Indian journal of veterinary science and animal husbandry - Volume 4,
Year: 1934
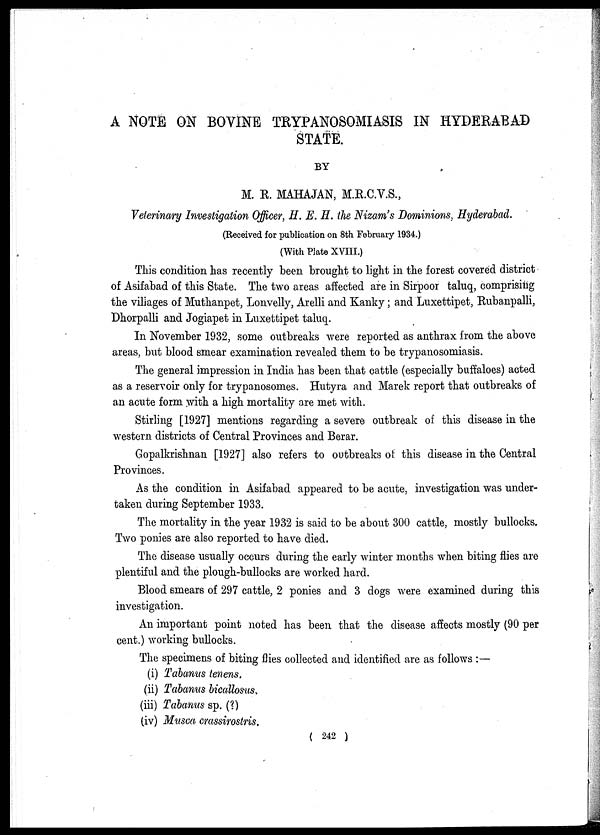
A NOTE ON BOVINE TRYPANOSOMIASIS IN HYDERABAD
STATE.
BY
M. R. MAHAJAN, M.R.C.V.S.,
Veterinary Investigation Officer, H. E. H. the Nizam's Dominions, Hyderabad.
(Received for publication on 8th February 1934.)
(With Plate XVIII.)
This condition has recently been brought to light in the forest covered district
of Asifabad of this State. The two areas affected are in Sirpoor taluq, comprising
the villages of Muthanpet, Lonvelly, Arelli and Kanky; and Luxettipet, Rubanpalli,
Dhorpalli and Jogiapet in Luxettipet taluq.
In November 1932, some outbreaks were reported as anthrax from the above
areas, but blood smear examination revealed them to be trypanosomiasis.
The general impression in India has been that cattle (especially buffaloes) acted
as a reservoir only for trypanosomes. Hutyra and Marek report that outbreaks of
an acute form with a high mortality are met with.
Stirling [1927] mentions regarding a severe outbreak of this disease in the
western districts of Central Provinces and Berar.
Gopalkrishnan [1927] also refers to outbreaks of this disease in the Central
Provinces.
As the condition in Asifabad appeared to be acute, investigation was under-
taken during September 1933.
The mortality in the year 1932 is said to be about 300 cattle, mostly bullocks.
Two ponies are also reported to have died.
The disease usually occurs during the early winter months when biting flies are
plentiful and the plough-bullocks are worked hard.
Blood smears of 297 cattle, 2 ponies and 3 dogs were examined during this
investigation.
An important point noted has been that the disease affects mostly (90 per
cent.) working bullocks.
The specimens of biting flies collected and identified are as follows :—
(i) Tabanus tenens.
(ii) Tabanus bicallosus.
(iii) Tabanus sp. (?)
(iv) Musca crassirostris.
( 242 )